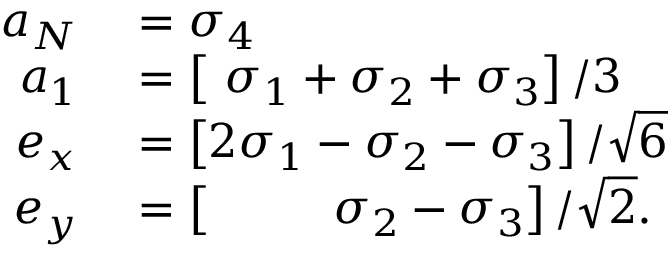
\begin{array} { r } { \begin{array} { r l } { a _ { N } } & { { } = \sigma _ { 4 } } \\ { a _ { 1 } } & { { } = \left[ \ \sigma _ { 1 } + \sigma _ { 2 } + \sigma _ { 3 } \right] / 3 } \\ { e _ { x } } & { { } = \left[ 2 \sigma _ { 1 } - \sigma _ { 2 } - \sigma _ { 3 } \right] / \sqrt { 6 } } \\ { e _ { y } } & { { } = \left[ \ \ \ \ \ \ \ \ \sigma _ { 2 } - \sigma _ { 3 } \right] / \sqrt { 2 } . } \end{array} } \end{array}